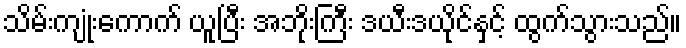
သိမ်းကျုံးကောက် ယူပြီး အဘိုးကြီး ဒယီးဒယိုင်နှင့် ထွက်သွားသည်။